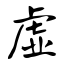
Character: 虚